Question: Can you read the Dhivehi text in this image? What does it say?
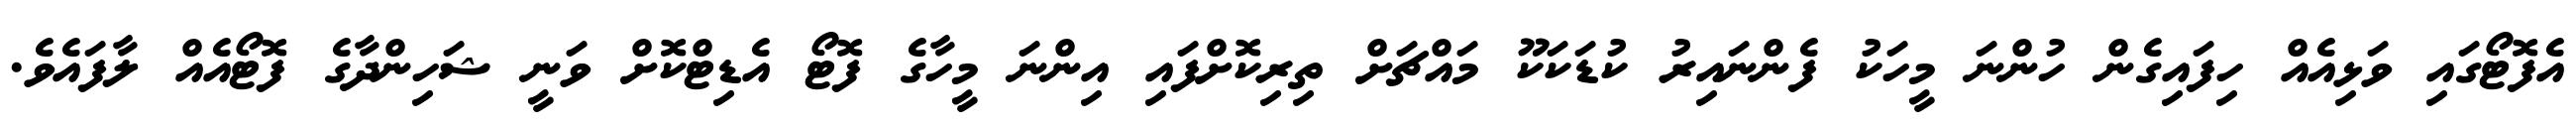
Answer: އެފޮޓޯގައި ވަޅިއެއް ހިފައިގެން ހުންނަ މީހަކު ފެންނައިރު ކުޑަކަކޫ މައްޗަށް ތިރިކޮށްފައި އިންނަ މީހާގެ ފޮޓޯ އެޑިޓްކޮށް ވަނީ ޝަހިންދާގެ ފޮޓޯއެއް ލާފައެވެ.